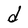
Character: d